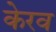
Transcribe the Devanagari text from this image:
केरव